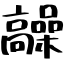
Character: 髞